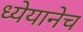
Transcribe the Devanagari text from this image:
ध्येयानेच